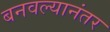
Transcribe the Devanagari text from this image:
बनवल्यानंतर